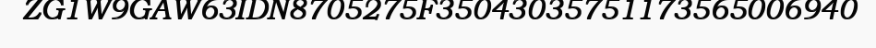
ZG1W9GAW63IDN8705275F35043035751173565006940